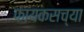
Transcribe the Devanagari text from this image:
फायकसच्या